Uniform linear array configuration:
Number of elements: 16
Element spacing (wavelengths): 1
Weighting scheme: blackman
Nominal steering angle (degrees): -60
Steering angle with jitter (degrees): -61.842
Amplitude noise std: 0.05
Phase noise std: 0.05

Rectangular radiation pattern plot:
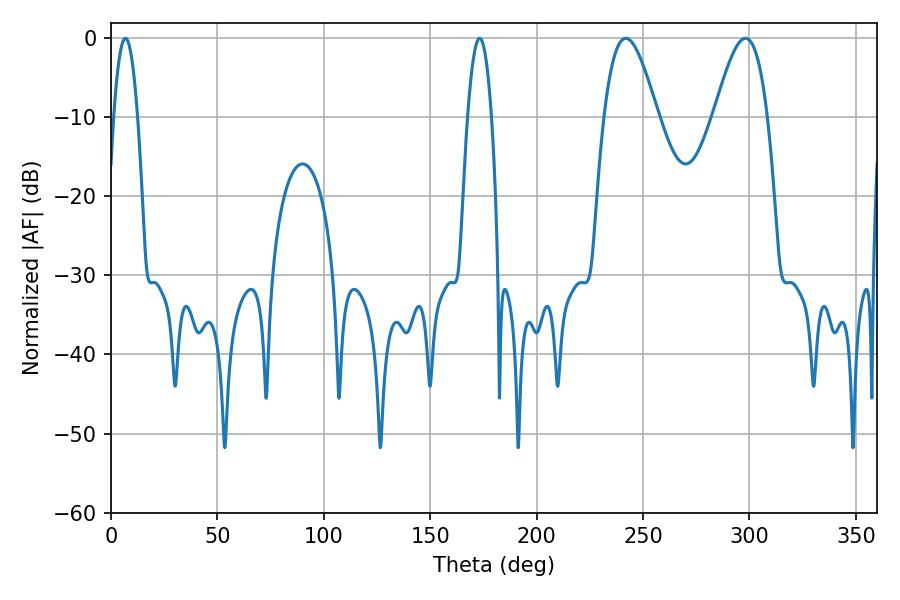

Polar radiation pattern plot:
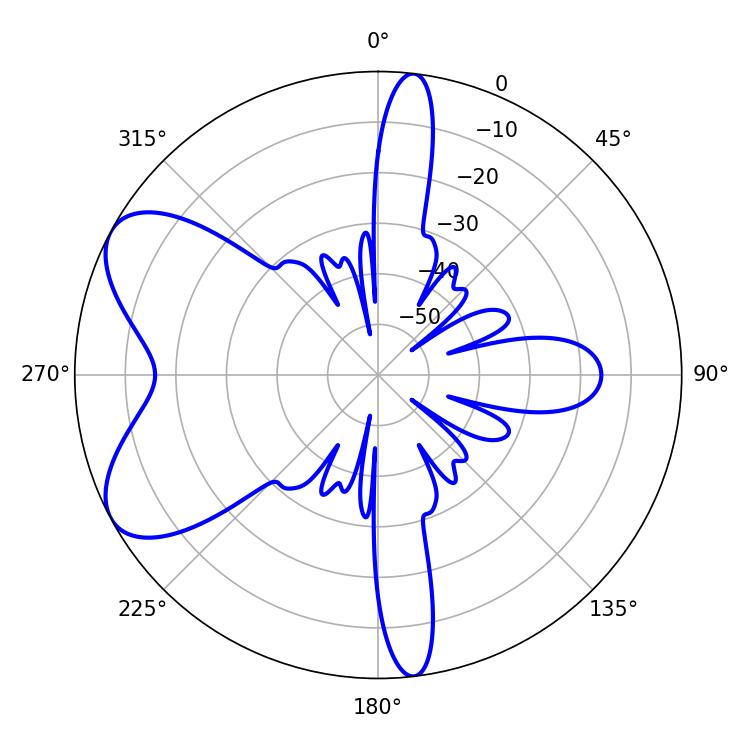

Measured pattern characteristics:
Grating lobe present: TRUE
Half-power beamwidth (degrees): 13.68
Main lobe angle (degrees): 298.08